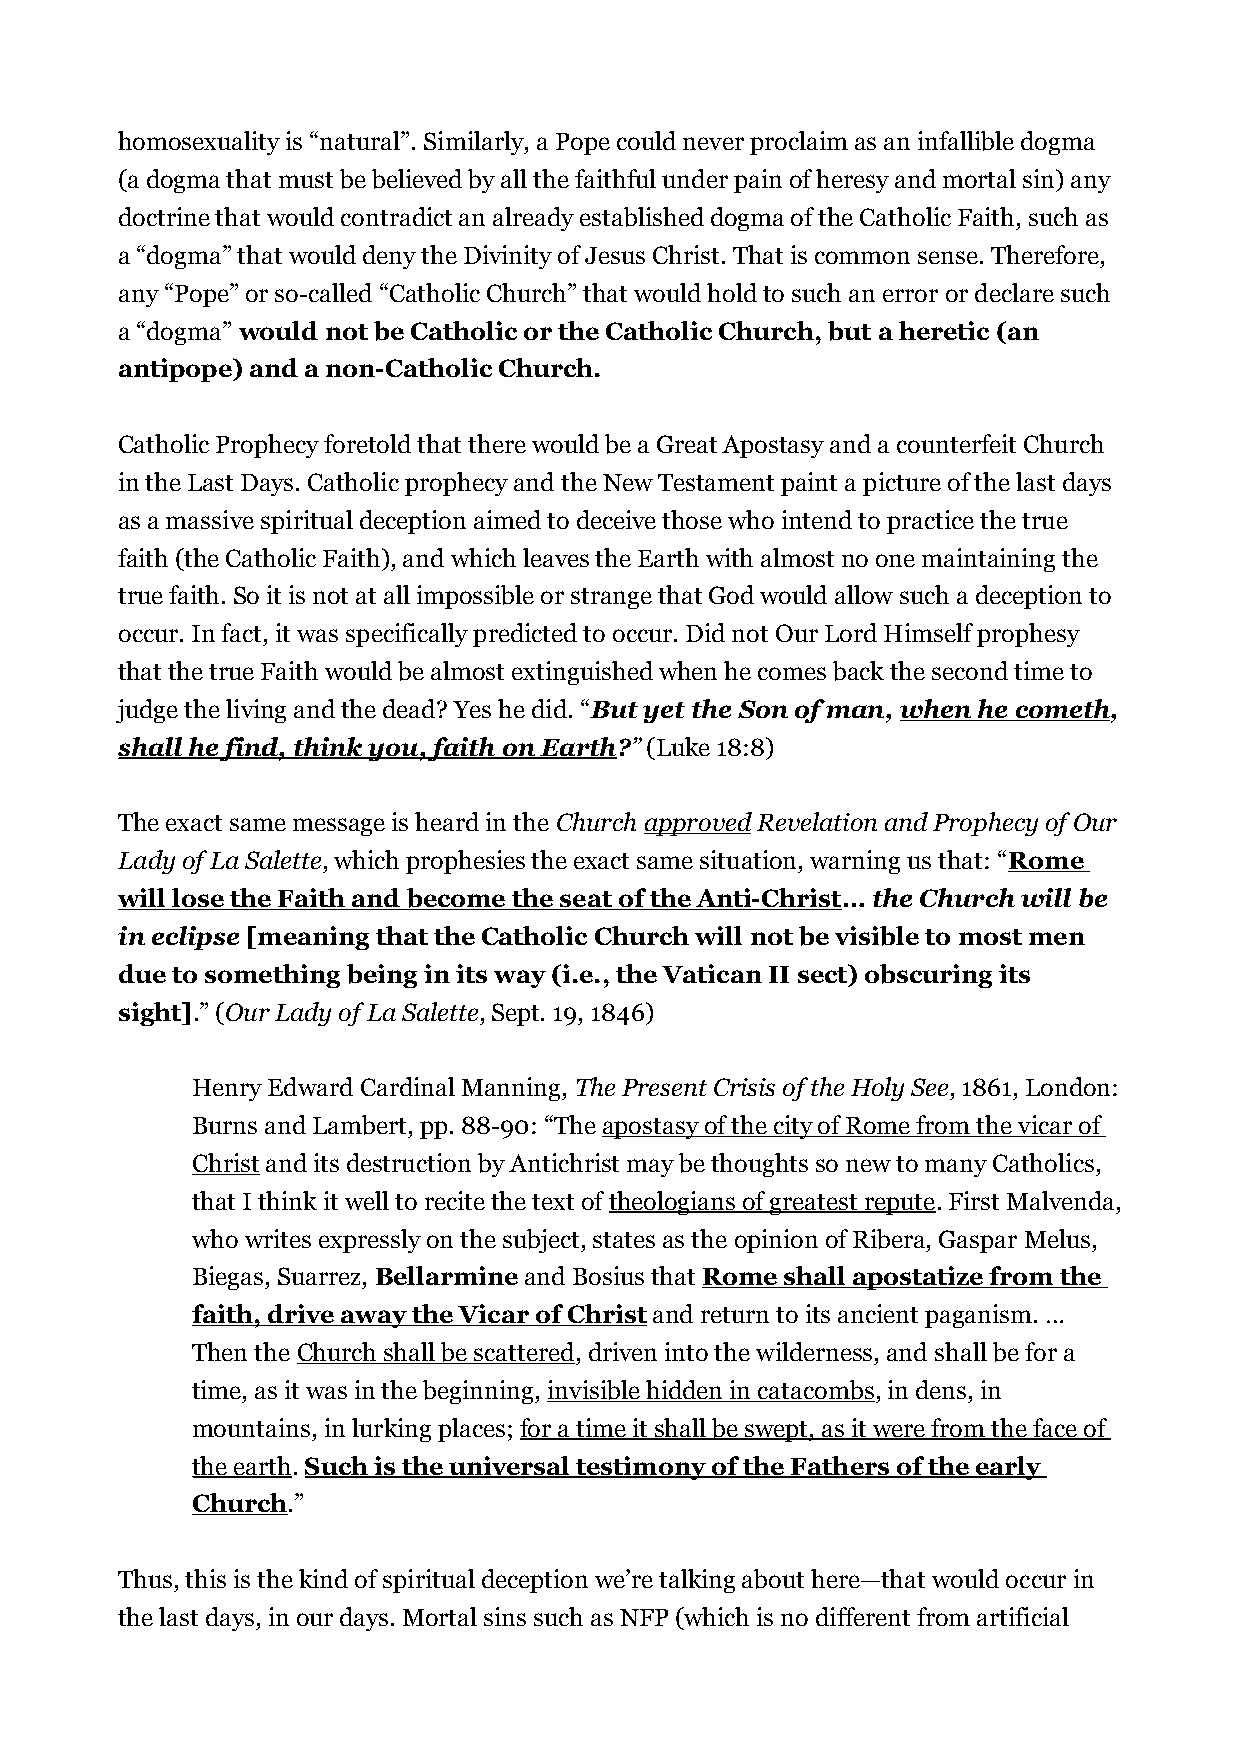
homosexuality is “natural”. Similarly, a Pope could never proclaim as an infallible dogma
 (a dogma that must be believed by all the faithful under pain of heresy and mortal sin) any
 doctrine that would contradict an already established dogma of the Catholic Faith, such as
 a “dogma” that would deny the Divinity of Jesus Christ. That is common sense. Therefore,
 any “Pope” or so-called “Catholic Church” that would hold to such an error or declare such
 a “dogma” would not be Catholic or the Catholic Church, but a heretic (an
 antipope) and a non-Catholic Church.
 Catholic Prophecy foretold that there would be a Great Apostasy and a counterfeit Church
 in the Last Days. Catholic prophecy and the New Testament paint a picture of the last days
 as a massive spiritual deception aimed to deceive those who intend to practice the true
 faith (the Catholic Faith), and which leaves the Earth with almost no one maintaining the
 true faith. So it is not at all impossible or strange that God would allow such a deception to
 occur. In fact, it was specifically predicted to occur. Did not Our Lord Himself prophesy
 that the true Faith would be almost extinguished when he comes back the second time to
 judge the living and the dead? Yes he did. “But yet the Son of man, when he cometh,
 shall he find, think you, faith on Earth?” (Luke 18:8)
 The exact same message is heard in the Church approved Revelation and Prophecy of Our
 Lady of La Salette, which prophesies the exact same situation, warning us that: “Rome
 will lose the Faith and become the seat of the Anti-Christ… the Church will be
 in eclipse [meaning that the Catholic Church will not be visible to most men
 due to something being in its way (i.e., the Vatican II sect) obscuring its
 sight].” (Our Lady of La Salette, Sept. 19, 1846)
 Henry Edward Cardinal Manning, The Present Crisis of the Holy See, 1861, London:
 Burns and Lambert, pp. 88-90: “The apostasy of the city of Rome from the vicar of
 Christ and its destruction by Antichrist may be thoughts so new to many Catholics,
 that I think it well to recite the text of theologians of greatest repute. First Malvenda,
 who writes expressly on the subject, states as the opinion of Ribera, Gaspar Melus,
 Biegas, Suarrez, Bellarmine and Bosius that Rome shall apostatize from the
 faith, drive away the Vicar of Christ and return to its ancient paganism. …
 Then the Church shall be scattered, driven into the wilderness, and shall be for a
 time, as it was in the beginning, invisible hidden in catacombs, in dens, in
 mountains, in lurking places; for a time it shall be swept, as it were from the face of
 the earth. Such is the universal testimony of the Fathers of the early
 Church.”
 Thus, this is the kind of spiritual deception we’re talking about here—that would occur in
 the last days, in our days. Mortal sins such as NFP (which is no different from artificial